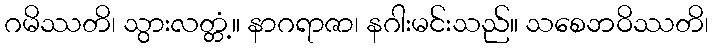
ဂမိဿတိ၊ သွားလတ္တံ့။ နာဂရာဇာ၊ နဂါးမင်းသည်။ သစေဘဝိဿတိ၊